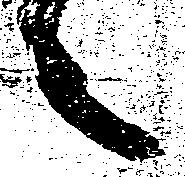
々